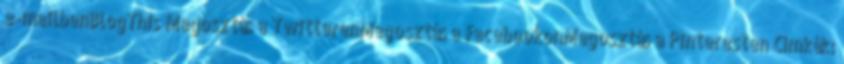
e-mailbenBlogThis Megosztás a TwitterenMegosztás a FacebookonMegosztás a Pinteresten Címkék: